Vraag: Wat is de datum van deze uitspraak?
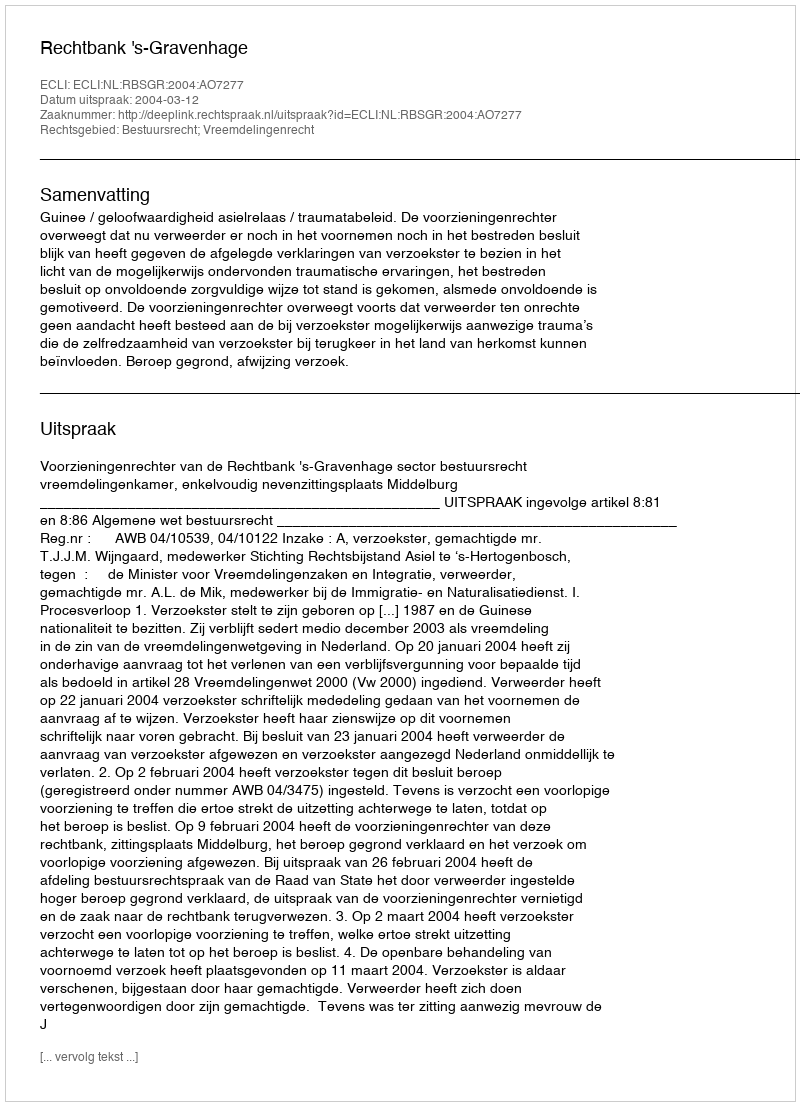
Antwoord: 2004-03-12